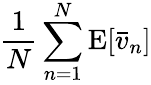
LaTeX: {\frac{1}{N}}\sum_{n=1}^{N}\operatorname{E}[{\bar{v}}_{n}]